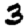
Digit: 3